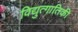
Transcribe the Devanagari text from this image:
विद्युत्गातिकी